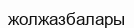
жолжазбалары